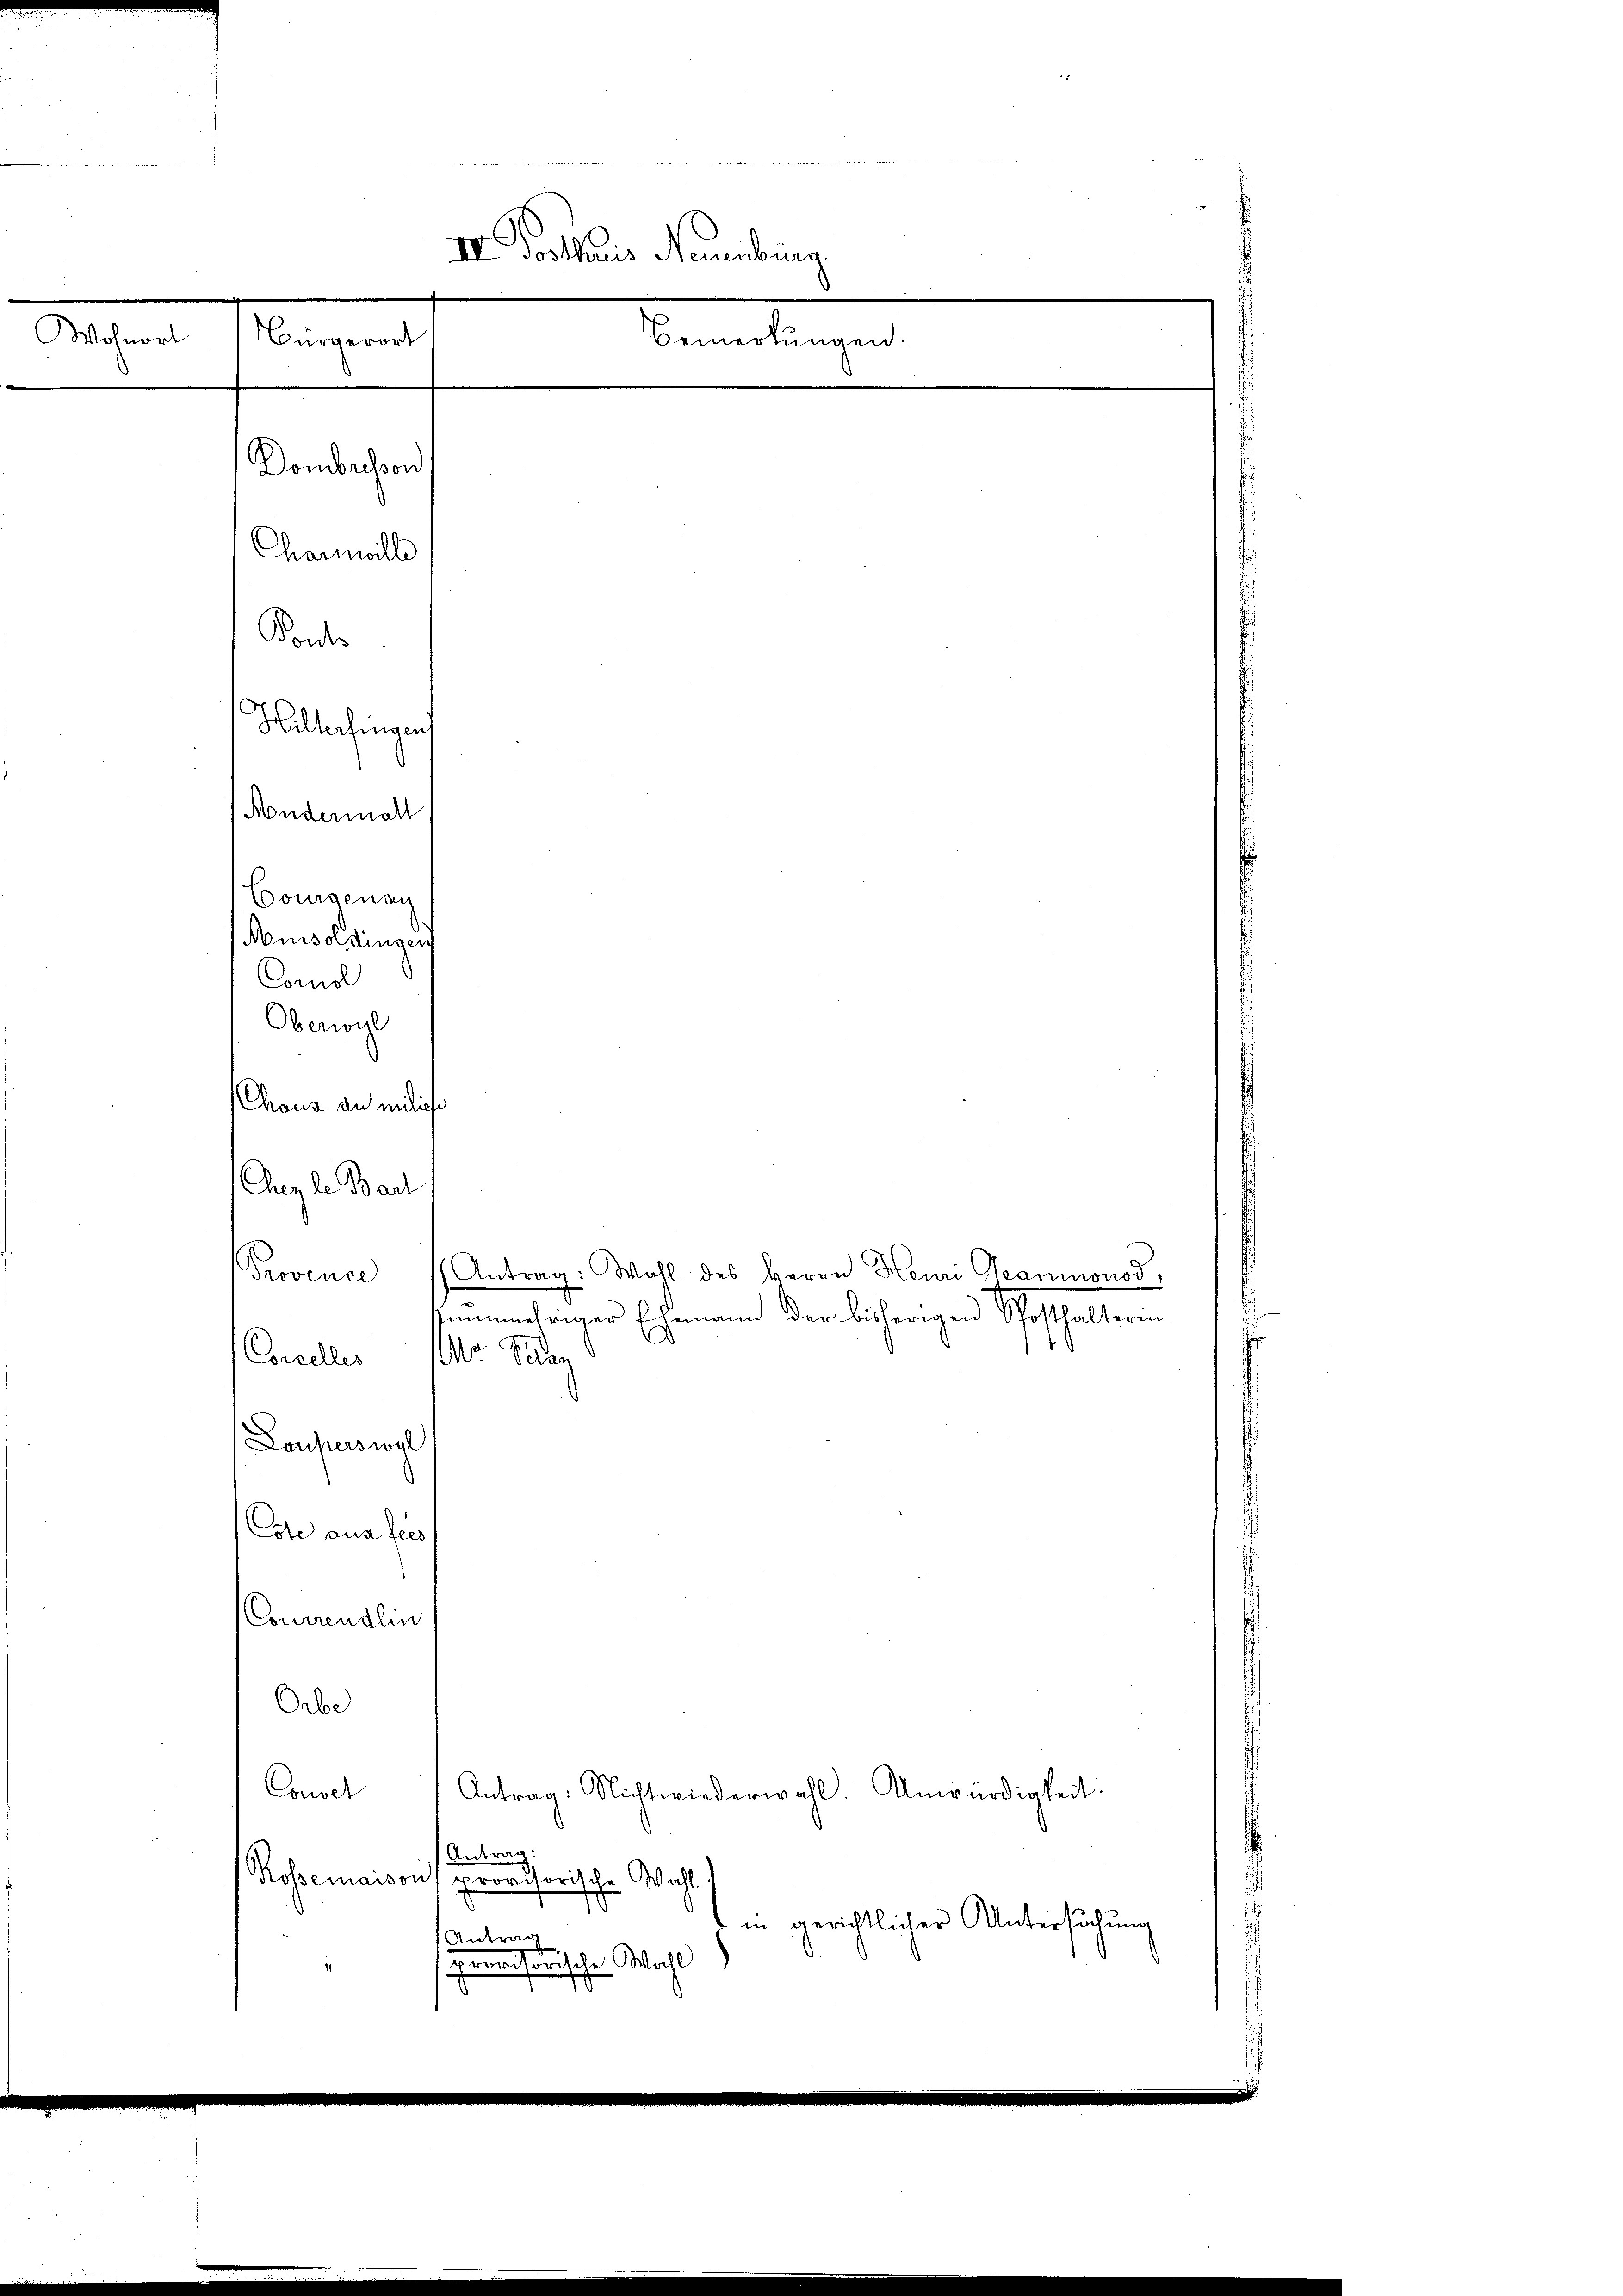
IV. Doctoris Neuenburg
Sachen
Bemerkungen:
Nürgerort
Dombachson
Ponte
Hillerfingen
Andermahl
Vourgenan
Momisoldingen
Corol
Oberwyl

Charwilli

Chaus an endliche
Cuzle Bau
Provence Antrag: Wohl des Herrn Heuri Geanmnonod,
zunmehriger Ehemann der bisherigen Schaffhalterin
Canceller

Lauperswyl
ote aus sees
Conirendlin
Orbe
Antrag: Nichtwiederwahl. Anwürdigkeit:
Couvel
seen einen einsche Wahl
Rossemaison
in gerichtlicher Untersuchung
Antrag
Imitanische Wahl